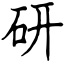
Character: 研